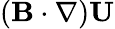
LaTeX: ({\mathbf{B}}\cdot\nabla){\mathbf{U}}